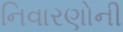
નિવારણોની